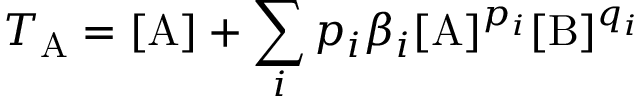
T _ { \mathrm { A } } = [ \mathrm { A } ] + \sum _ { i } p _ { i } \beta _ { i } [ \mathrm { A } ] ^ { p _ { i } } [ \mathrm { B } ] ^ { q _ { i } }